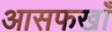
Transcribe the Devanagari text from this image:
आसफखाँ